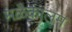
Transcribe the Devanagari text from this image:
मळैकालम